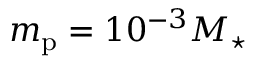
m _ { \mathrm { p } } = 1 0 ^ { - 3 } M _ { \star }